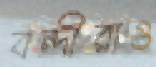
বন্দীরাও